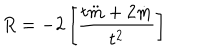
LaTeX: R = - 2 \left[ \frac { t \ddot { m } + 2 \dot { m } } { t ^ { 2 } } \right]